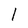
Character: 1